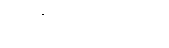
သတင်းသိရသည်